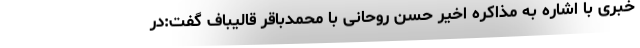
خبری با اشاره به مذاکره اخیر حسن روحانی با محمدباقر قالیباف گفت:در